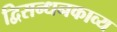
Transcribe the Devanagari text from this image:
द्विसन्धनकाव्य